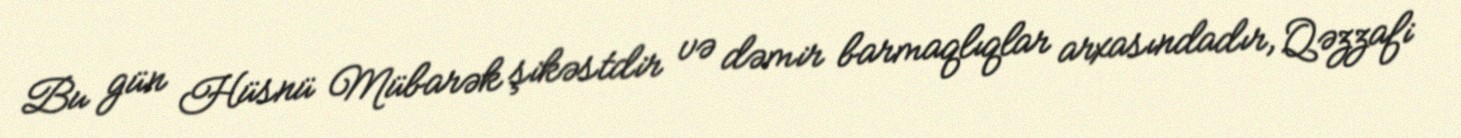
Bu gün Hüsnü Mübarək şikəstdir və dəmir barmaqlıqlar arxasındadır, Qəzzafi